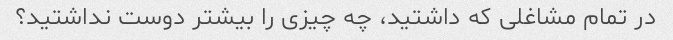
در تمام مشاغلی که داشتید، چه چیزی را بیشتر دوست نداشتید؟